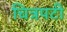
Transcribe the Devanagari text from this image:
चित्रपटी